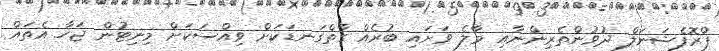
ޕްރޮފެޝަނަލް ދުވުންތެރިންނާއި މާލެ ވަށައި ބުރެއް ގާތްގަނޑަކަށް ވިއްސަކަށް މިނިޓުން ޖަހާ އެތައް